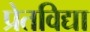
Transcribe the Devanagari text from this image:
प्रेतविद्या